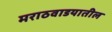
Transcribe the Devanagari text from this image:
मराठवाडयातील